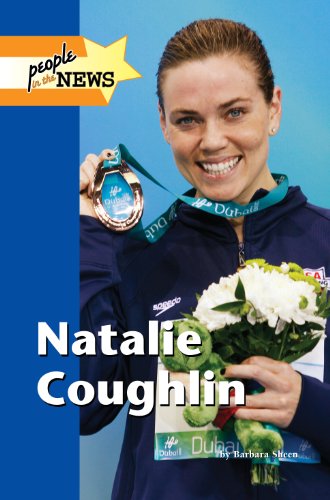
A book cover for Natalie Coughlin (People in the News); Barbara Sheen Busby; Teen & Young Adult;